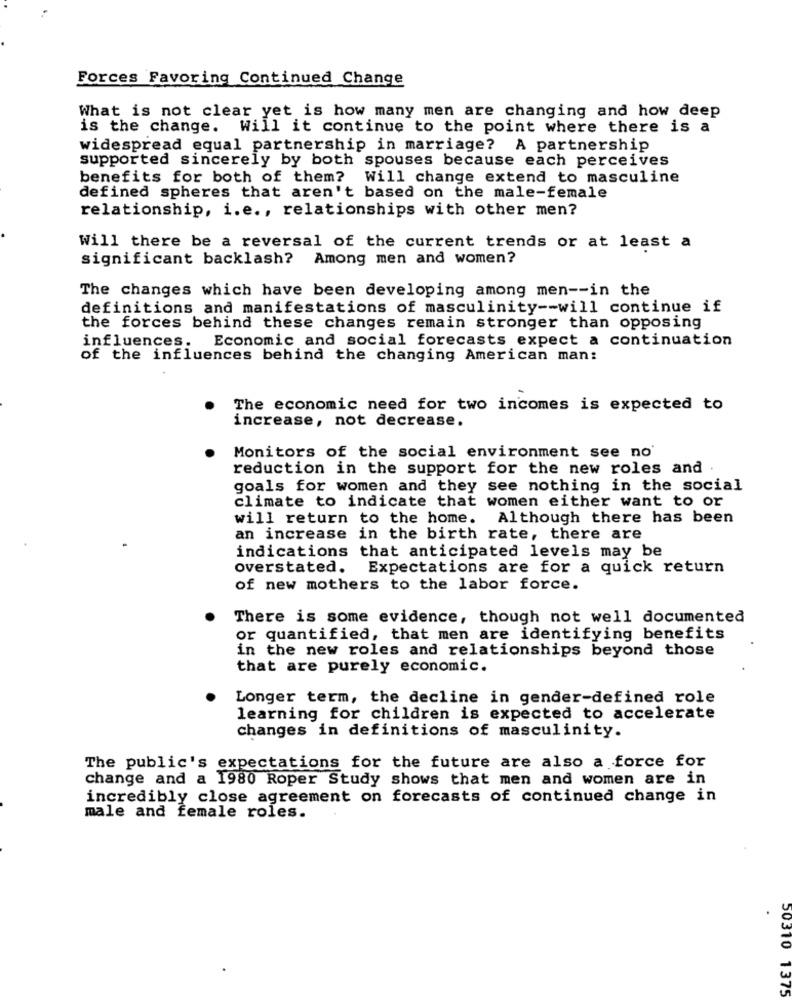
Forces Favoring Continued Change
What is not clear yet is how many men are changing and how deep
is the change. Will it continue to the point where there is a
widespread equal partnership in marriage? A partnership
supported sincerely by both spouses because each perceives
benefits for both of them? Will change extend to masculine
defined spheres that aren't based on the male-female
relationship, i.e ., relationships with other men?
Will there be a reversal of the current trends or at least a
significant backlash? Among men and women?
The changes which have been developing among men -- in the
definitions and manifestations of masculinity -- will continue if
the forces behind these changes remain stronger than opposing
influences. Economic and social forecasts expect a continuation
of the influences behind the changing American man:
The economic need for two incomes is expected to
increase, not decrease.
Monitors of the social environment see no'
reduction in the support for the new roles and .
goals for women and they see nothing in the social
climate to indicate that women either want to or
will return to the home.
Although there has been
an increase in the birth rate, there are
indications that anticipated levels may be
overstated. Expectations are for a quick return
of new mothers to the labor force.
There is some evidence, though not well documented
or quantified, that men are identifying benefits
in the new roles and relationships beyond those
that are purely economic.
Longer term, the decline in gender-defined role
learning for children is expected to accelerate
changes in definitions of masculinity.
The public's expectations for the future are also a force for
change and a 1980 Roper Study shows that men and women are in
incredibly close agreement on forecasts of continued change in
male and female roles.
50310 1375